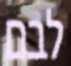
לבם